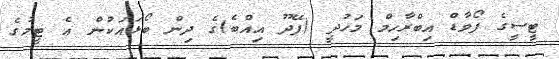
ޓީސީގެ ފޯވާޑް އިބްރާހިމް މަހުދީ (ފޭދޫ އިއްބެ)ގެ ދިން ބޯޅައަކުން އެ ޓީމުގެ